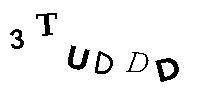
3TUDDD